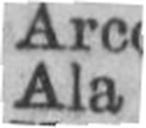
Ala